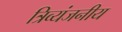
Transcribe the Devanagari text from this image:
त्रिव्यंजनीय